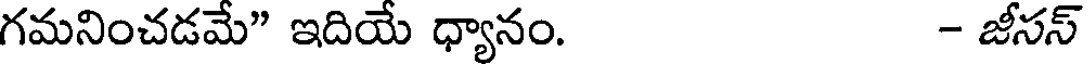
గమనించడమే" ఇదియే ధ్యానం. - జీసస్